Vaccination Hyderabad 1872-1889 - 1872-1889
Year: 1872
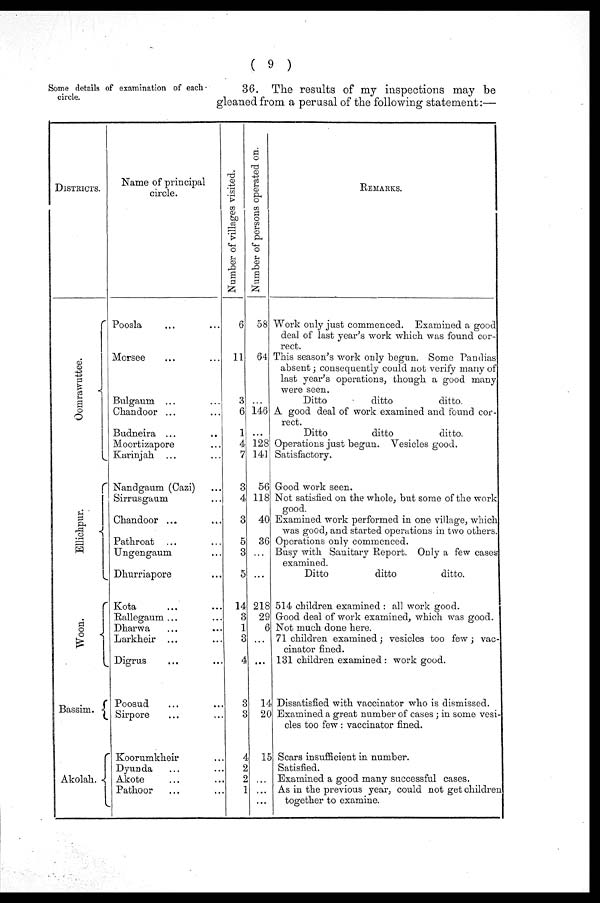
( 9 )
Some details of examination of each-
circle.
36. The results of my inspections may be
gleaned from a perusal of the following statement:—
DISTRICTS.
Oomrawuttee.
Ellichpur.
Woon.
Bassim.
Akolah.
Name of principal
circle.
Poosla ... ...
Morsee ... ...
Bulgaum ... ...
Chandoor ... ...
Budneira ... ...
Moortizapore ...
Karinjah ... ...
Nandgaum (Cazi) ...
Sirrusgaum ...
Chandoor ... ...
Pathroat ... ...
Ungengaum ...
Dhurriapore ...
Kota ... ...
Rallegaum ... ...
Dharwa ... ...
Larkheir ... ...
Digrus ... ...
Poosud ... ...
Sirpore ... ...
Koorumkheir ...
Dyunda ... ...
Akote ... ...
Pathoor ... ...
Number of villages visited.
6
11
3
6
1
4
7
3
4
3
5
3
5
14
3
1
3
4
3
3
4
2
2
1
Number of persons operated on.
58
64
...
146
...
128
141
56
118
40
36
...
...
218
29
6
...
...
14
20
15
...
...
...
REMARKS.
Work only just commenced. Examined a good
deal of last year's work which was found cor-
rect.
This season's work only begun. Some Pandias
absent; consequently could not verify many of
last year's operations, though a good many
were seen.
Ditto
ditto
ditto.
A good deal of work examined and found cor-
rect.
Ditto
ditto
ditto.
Operations just begun. Vesicles good.
Satisfactory.
Good work seen.
Not satisfied on the whole, but some of the work
good.
Examined work performed in one village, which
was good, and started operations in two others.
Operations only commenced.
Busy with Sanitary Report. Only a few cases
examined.
Ditto
ditto
ditto.
514 children examined : all work good.
Good deal of work examined, which was good.
Not much done here.
71 children examined; vesicles too few; vac-
cinator fined.
131 children examined : work good.
Dissatisfied with vaccinator who is dismissed.
Examined a great number of cases; in some vesi-
cles too few: vaccinator fined.
Scars insufficient in number.
Satisfied.
Examined a good many successful cases.
As in the previous year, could not get children
together to examine.